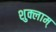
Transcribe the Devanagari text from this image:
शुक्लाम्